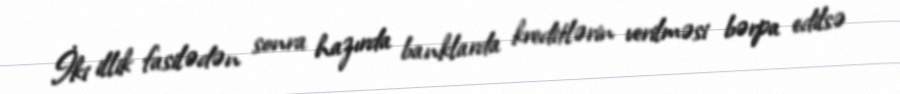
İki illik fasilədən sonra hazırda banklarda kreditlərin verilməsi bərpa edilsə